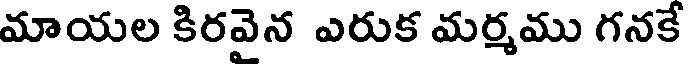
మాయల కిరవెన ఎరుక మర్మము గనకే